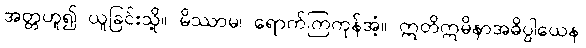
အတ္တဟူ၍ ယူခြင်းသို့။ မိဿာမ၊ ရောက်ကြကုန်အံ့။ ဣတိဣမိနာအဓိပ္ပါယေန၊